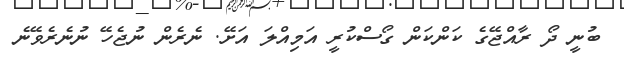
ބުނީ ދޯ ރާއްޖޭގެ ކަންކަން ގޯސްކުރީ އަމިއްލަ އަށޭ. ނެރެން ނުޖެހޭ ނުނެރެވޭނެ